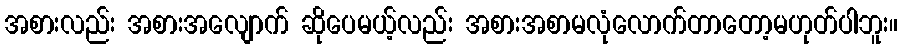
အစားလည်း အစားအလျောက် ဆိုပေမယ့်လည်း အစားအစာမလုံလောက်တာတော့မဟုတ်ပါဘူး။